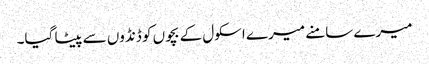
میرے سامنے میرے اسکول کے بچوں کو ڈنڈوں سے پیٹا گیا۔